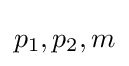
\,\!p_{1},p_{2},m